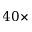
4 0 \times